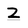
Character: Z